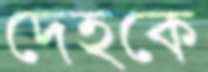
দেহকে